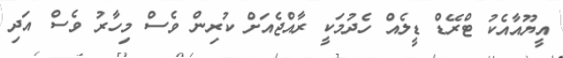
އީޔޫއާއެކު ޓްރޭޑް ޑީލެއް ހެދުމަކީ ރާއްޖެއަށް ކުރިން ވެސް މިހާރު ވެސް އަދި